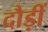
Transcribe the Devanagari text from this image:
दौड़ीं